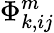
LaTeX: \Phi_{k,ij}^{m}